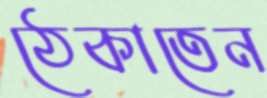
ঠেকাতেন